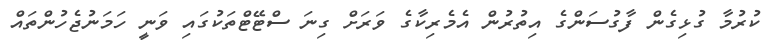
ކުރުމާ ގުޅިގެން ފާގުސަންގެ އިތުރުން އެމެރިކާގެ ވަރަށް ގިނަ ސްޓޭޓްތަކުގައި ވަނީ ހަމަނުޖެހުންތައް